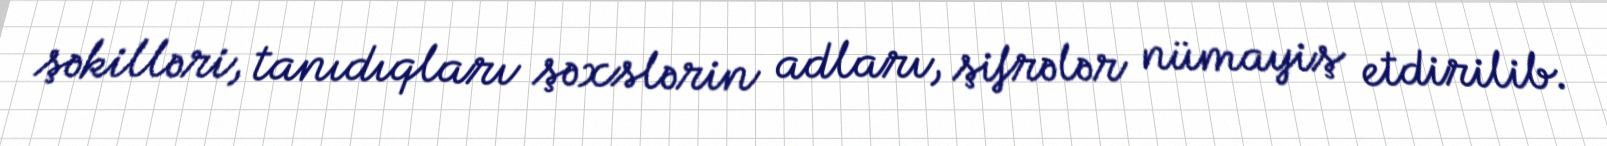
şəkilləri, tanıdıqları şəxslərin adları, şifrələr nümayiş etdirilib.